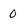
Character: 0